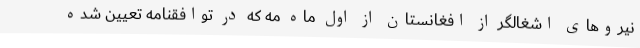
نیروهای اشغالگر از افغانستان از اول ماه مه که در توافقنامه تعیین شده